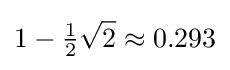
1-{\tfrac {1}{2}}{\sqrt {2}}\approx 0.293